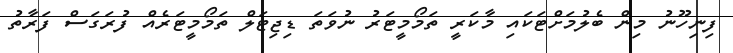
ފިނިހޫނު މިން ބެލުމަށްޓަކައި މާކަރީ ތަމޯމީޓަރު ނުވަތަ ޑިޖިޓަލް ތަމޯމީޓަރެއް ފުރަގަސް ފަރާތު